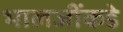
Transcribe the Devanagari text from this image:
भालजींकडे